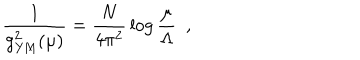
LaTeX: \frac { 1 } { g _ { \mathrm { Y M } } ^ { 2 } ( \mu ) } = \frac { N } { 4 \pi ^ { 2 } } \, \log \frac { \mu } { \Lambda } ~ ~ ,